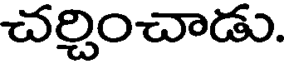
చర్చించాడు.